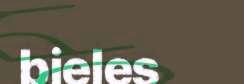
bieles